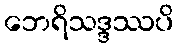
ဘေရိသဒ္ဒဿပိ